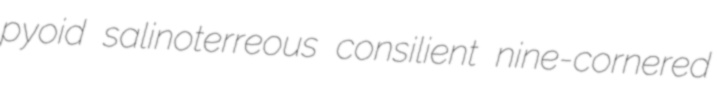
pyoid salinoterreous consilient nine-cornered